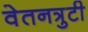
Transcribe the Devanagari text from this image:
वेतनत्रुटी